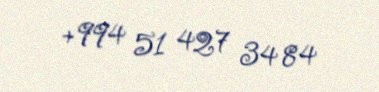
+994 51 427 34 84